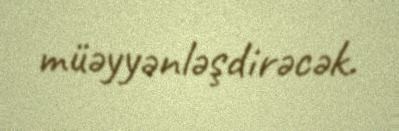
müəyyənləşdirəcək.